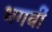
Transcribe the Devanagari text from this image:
भगवीं